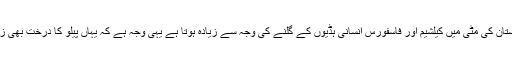
چوں کہ قبرستان کی مٹی میں کیلشیم اور فاسفورس انسانی ہڈیوں کے گلنے کی وجہ سے زیادہ ہوتا ہے یہی وجہ ہے کہ یہاں پیلو کا درخت بھی زیادہ ہوتا ہے۔